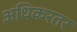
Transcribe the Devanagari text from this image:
अधिकरतर